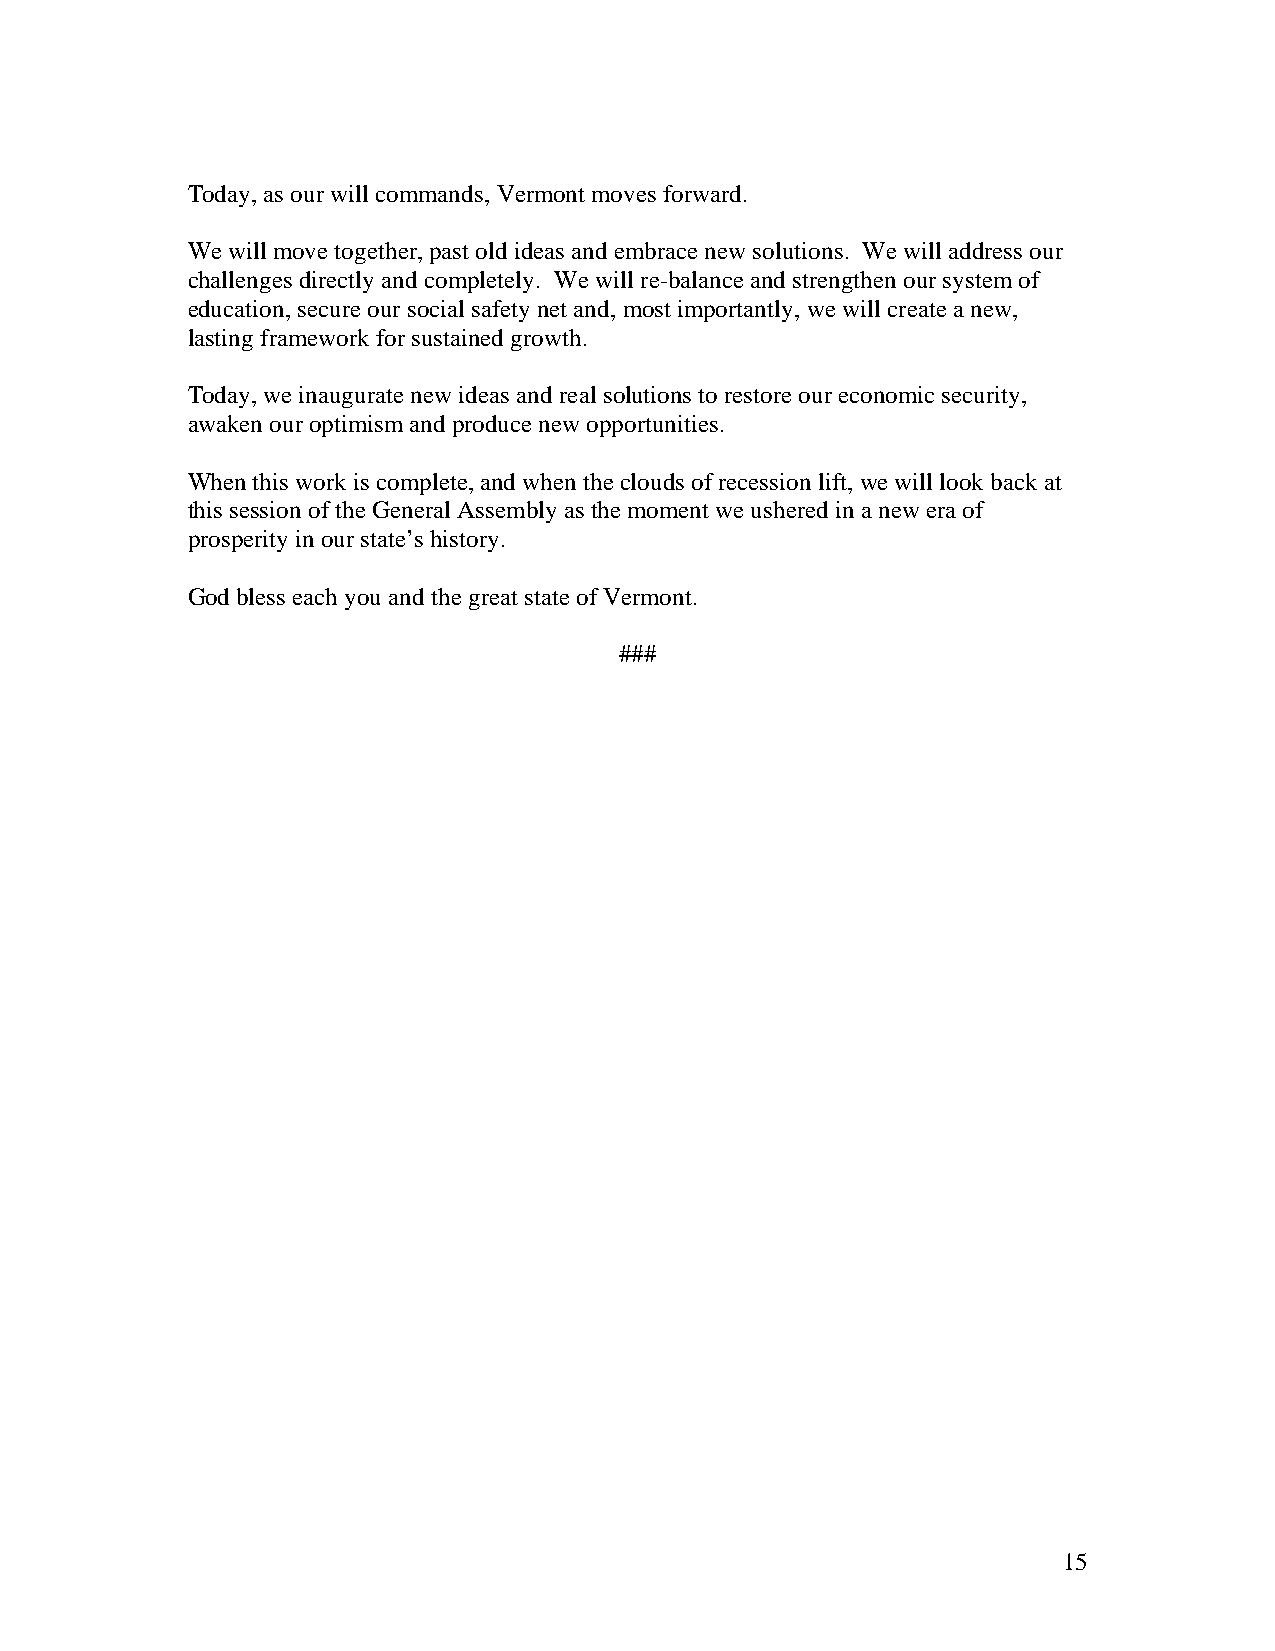
Today, as our will commands, Vermont moves forward.
 We will move together, past old ideas and embrace new solutions. We will address our
 challenges directly and completely. We will re-balance and strengthen our system of
 education, secure our social safety net and, most importantly, we will create a new,
 lasting framework for sustained growth.
 Today, we inaugurate new ideas and real solutions to restore our economic security,
 awaken our optimism and produce new opportunities.
 When this work is complete, and when the clouds of recession lift, we will look back at
 this session of the General Assembly as the moment we ushered in a new era of
 prosperity in our state’s history.
 God bless each you and the great state of Vermont.
 ###
 15